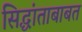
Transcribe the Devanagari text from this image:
सिद्धांताबाबत